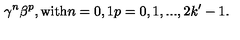
\gamma ^ { n } \beta ^ { p } , \mathrm { w i t h } n = 0 , 1 p = 0 , 1 , . . . , 2 k ^ { \prime } - 1 .